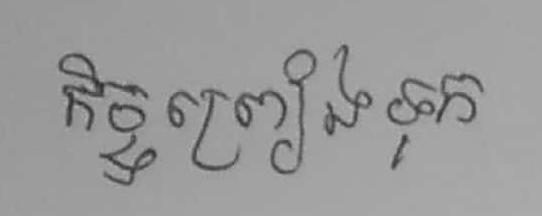
កិច្ចព្រៀងទុក